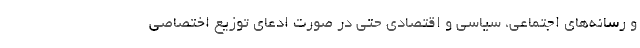
و رسانه‌های اجتماعی، سیاسی و اقتصادی حتی در صورت ادعای توزیع اختصاصی